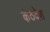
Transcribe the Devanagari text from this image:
कंठदेश